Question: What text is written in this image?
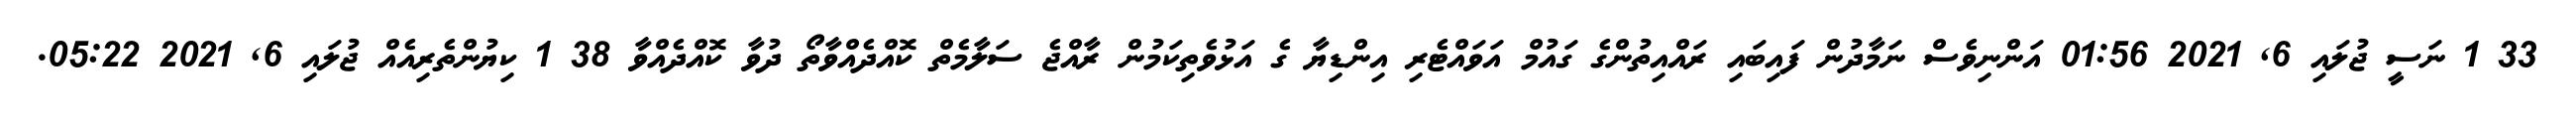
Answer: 33 1 ނަސީ ޖުލައި 6, 2021 01:56 އަންނިވެސް ނަމާދުން ފައިބައި ރައްއިތުންގެ ގައުމް އަވައްޓެރި އިންޑިޔާ ގެ އަޅުވެތިކަމުން ރާއްޖެ ސަލާމެތް ކޮއްދެއްވާތޯ ދުވާ ކޮއްދެއްވާ 38 1 ކިޔުންތެރިއެއް ޖުލައި 6, 2021 05:22.